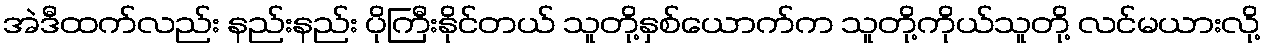
အဲဒီထက်လည်း နည်းနည်း ပိုကြီးနိုင်တယ် သူတို့နှစ်ယောက်က သူတို့ကိုယ်သူတို့ လင်မယားလို့